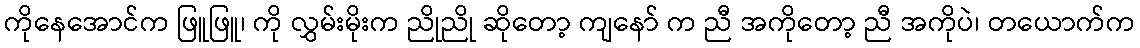
ကိုနေအောင်က ဖြူဖြူ၊ ကို လွှမ်းမိုးက ညိုညို ဆိုတော့ ကျနော် က ညီ အကိုတော့ ညီ အကိုပဲ၊ တယောက်က